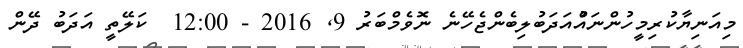
މިއަނިޔާކުރިމީހުންނައްުއަދަބުލިބެންޖެހޭނެ ނޮވެމްބަރު 9